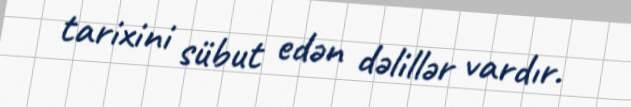
tarixini sübut edən dəlillər vardır.